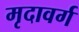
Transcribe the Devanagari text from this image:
मृदावर्ग